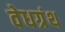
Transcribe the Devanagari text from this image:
वेधग्रंथ